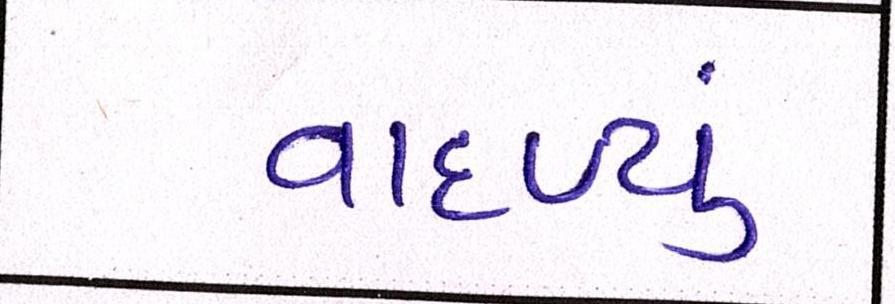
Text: વાદળ્યું